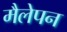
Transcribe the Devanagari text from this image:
मैलेपन